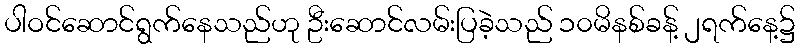
ပါဝင်ဆောင်ရွက်နေသည်ဟု ဦးဆောင်လမ်းပြခဲ့သည် ၁၀မိနစ်ခန့် ၂ရက်နေ့၌